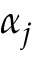
\alpha _ { j }